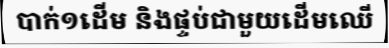
បាក់១ដើម និងផ្ទប់ជាមួយដើមឈើ